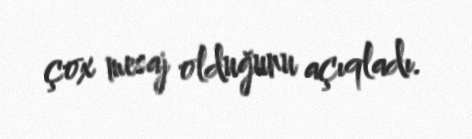
çox mesaj olduğunu açıqladı.